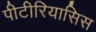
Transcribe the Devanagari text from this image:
पीटीरियासिस